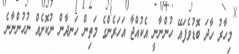
މިހާރު ހާދަ ބޮޑުވެފައޭ ހުންނާނީ އެކުއްޖާ އަހަރެންގެ މަތިން ހަނދާން ނުކޮށެއް ނުހުންނާނެ